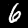
Digit: 6